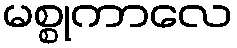
မစ္စုကာလေ